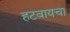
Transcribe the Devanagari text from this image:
हटवायचा